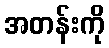
အတန်းကို